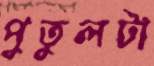
পুতুলটা